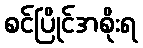
စင်ပြိုင်အစိုးရ